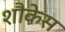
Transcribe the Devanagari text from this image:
शौकेस